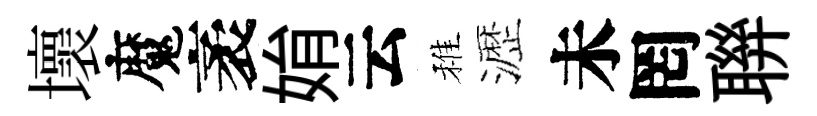
壞魔袤姢云稚瀝未罔聨